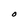
Character: O